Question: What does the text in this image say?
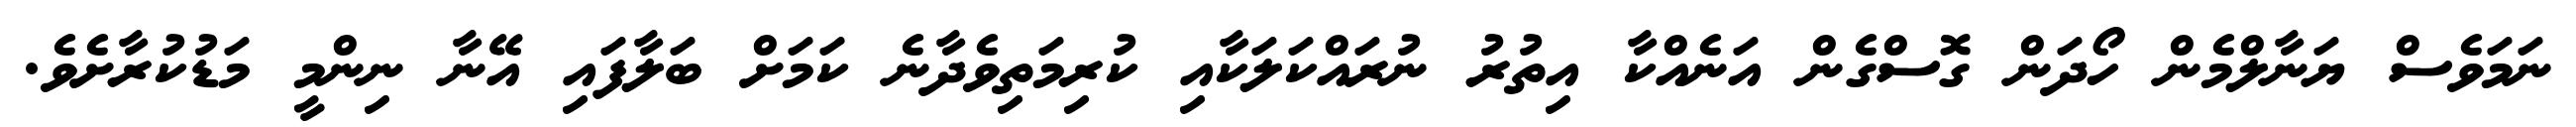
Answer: ނަމަވެސް ޔަނާލްމެން ހޯދަން ގޮސްގެން އަނެއްކާ އިތުރު ނުރައްކަލަކާއި ކުރިމަތިވެދާނެ ކަމަށް ބަލާފައި އޭނާ ނިންމީ މަޑުކުރާށެވެ.